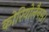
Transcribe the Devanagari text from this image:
कोरियोलैनस।